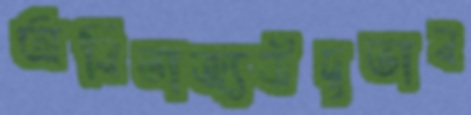
অবিভাজ্যউদ্বৃত্তাব